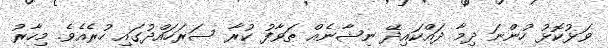
ވަޅުކޮޅު ހުންނަ ދިމާ ދައްކައިދޭ ނިޝާނެއް ޠަވާފު ކުރާ ސަރަހައްދުގައި ހުރެއެވެ. މިހާރު